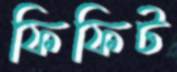
ফিফিট